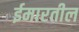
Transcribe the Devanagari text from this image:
ईमारतील